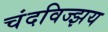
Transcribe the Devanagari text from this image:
चंदविज्झय